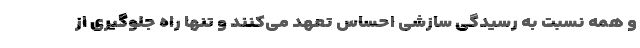
و همه نسبت به رسیدگی سازشی احساس تعهد می‌کنند و تنها راه جلوگیری از